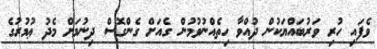
ވެފައި ހުރި ވަރުބައްޔަކުން ދުއްވާ ހިތެއްނުވުމުން ގެއަށް ގެންގޮސް ދިނުމަށް މެދު ޢުމުރުގެ